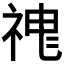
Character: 𱵏